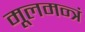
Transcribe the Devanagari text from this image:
मूलमन्त्रं